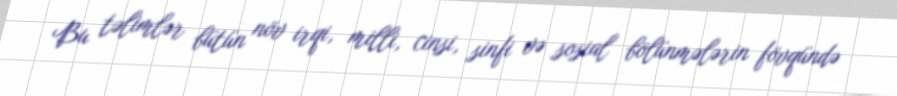
Bu təlimlər bütün növ irqi, milli, cinsi, sinfi və sosial bölünmələrin fövqündə